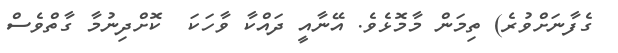
ގެފާނަށްވުރެ) ތިމަން މާމޮޅެވެ. އޭނާއީ ދައްކާ ވާހަކަ  ކޮށްދިނުމާ ގާތްވެސް